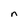
Character: n